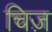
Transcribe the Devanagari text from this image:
चिज़